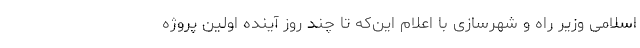
اسلامی وزیر راه و شهرسازی با اعلام این‌که تا چند روز آینده اولین پروژه